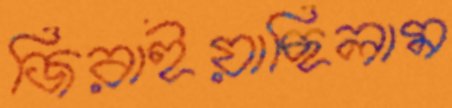
জিরাইয়াছিলাম